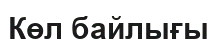
Көл байлығы